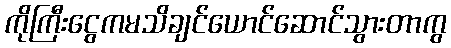
ကိုကြီးငွေကမသိချင်ယောင်ဆောင်သွားတာကွ